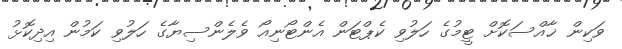
ވަކިން ޚާއްސަކޮށް ޓީމުގެ ހަލުވި ކެޕްޓަން އެންޓޯނިއޯ ވެލެންސިޔާގެ ހަލުވި ކަމުން އިދިކޮޅު